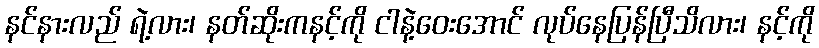
နင်နားလည် ရဲ့လား၊ နတ်ဆိုးကနင့်ကို ငါနဲ့ဝေးအောင် လုပ်နေပြန်ပြီသိလား၊ နင့်ကို